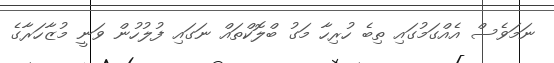
ނަމަވެސް އެއްގަމުގައި ތިބެ ހުރިހާ މަގު ބްލޮކްތައް ނަގައި ފުލުހުން ވަނީ މުޒާހަރާގެ